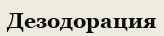
Дезодорация